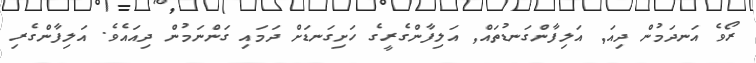
ރޯވެ އަނދަމުން ދިއަ